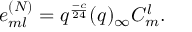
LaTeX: e _ { m l } ^ { ( N ) } = q ^ { \frac { - c } { 2 4 } } ( q ) _ { \infty } C _ { m } ^ { l } .